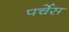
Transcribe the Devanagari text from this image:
पर्चेस